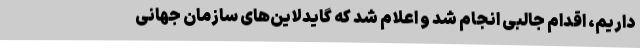
داریم، اقدام جالبی انجام شد و اعلام شد که گایدلاین‌های سازمان جهانی